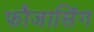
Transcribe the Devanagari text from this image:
फौजासिंग